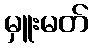
မှူးမတ်